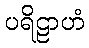
ပရိဠာဟံ